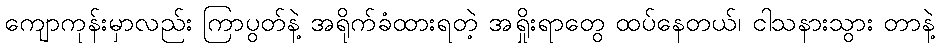
ကျောကုန်းမှာလည်း ကြာပွတ်နဲ့ အရိုက်ခံထားရတဲ့ အရှိုးရာတွေ ထပ်နေတယ်၊ ငါသနားသွား တာနဲ့